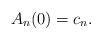
LaTeX: \begin{align*}A_n(0)=c_n.\end{align*}